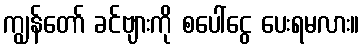
ကျွန်တော် ခင်ဗျားကို စပေါ်ငွေ ပေးရမလား။